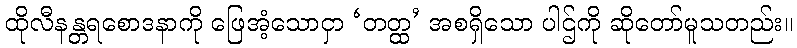
ထိုလီနန္တရစောဒနာကို ဖြေအံ့သောငှာ ‘တတ္ထ’ အစရှိသော ပါဌ်ကို ဆိုတော်မူသတည်း။